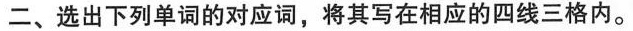
二、选出下列单词的对应词，将其写在相应的四线三格内。